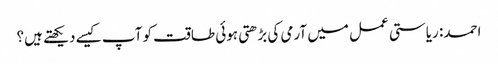
احمد: ریاستی عمل میں آرمی کی بڑھتی ہوئی طاقت کو آپ کیسے دیکھتے ہیں؟